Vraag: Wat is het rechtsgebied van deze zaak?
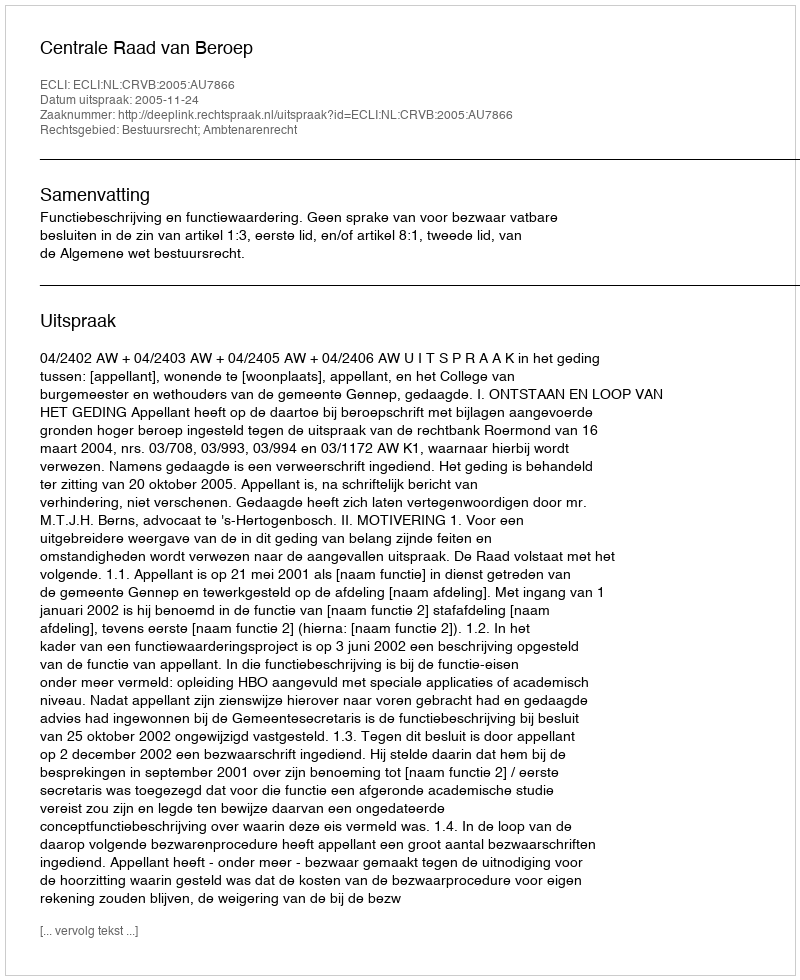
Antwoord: Bestuursrecht; Ambtenarenrecht